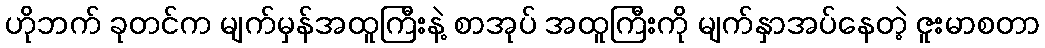
ဟိုဘက် ခုတင်က မျက်မှန်အထူကြီးနဲ့ စာအုပ် အထူကြီးကို မျက်နှာအပ်နေတဲ့ ဇူးမာစတာ